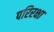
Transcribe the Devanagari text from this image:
परिरक्षा